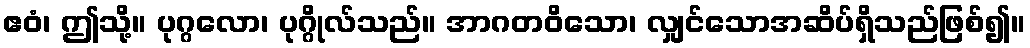
ဧဝံ၊ ဤသို့။ ပုဂ္ဂလော၊ ပုဂ္ဂိုလ်သည်။ အာဂတဝိသော၊ လျှင်သောအဆိပ်ရှိသည်ဖြစ်၍။